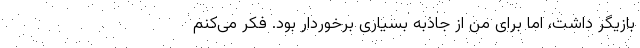
بازیگر داشت، اما برای من از جاذبه بسیاری برخوردار بود. فکر می‌کنم